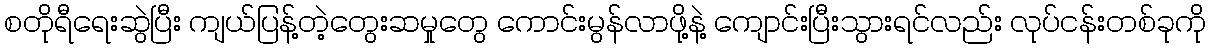
စတိုရီရေးဆွဲပြီး ကျယ်ပြန့်တဲ့တွေးဆမှုတွေ ကောင်းမွန်လာဖို့နဲ့ ကျောင်းပြီးသွားရင်လည်း လုပ်ငန်းတစ်ခုကို